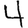
Digit: 4